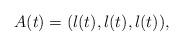
LaTeX: \begin{align*}A(t) = (\l(t),\l(t),\l(t)),\end{align*}